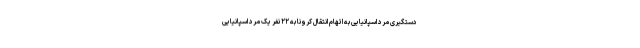
دستگیری مرد اسپانیایی به اتهام انتقال کرونا به ۲۲ نفر یک مرد اسپانیایی